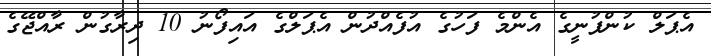
އެޕަލް ކުންފުނީގެ އެންމެ ފަހުގެ އުފެއްދުން އެޕަލްގެ އައިފޯނު 10 ދިރާގުން ރާއްޖޭގެ